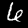
Digit: 6